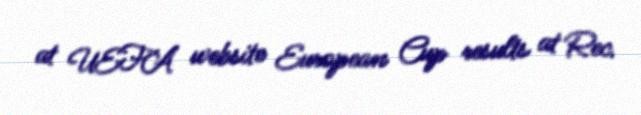
at UEFA website European Cup results at Rec.